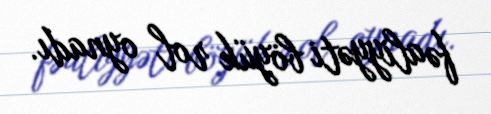
fəaliyyəti böyük rol oynadı.